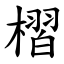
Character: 槢